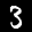
Label: 3